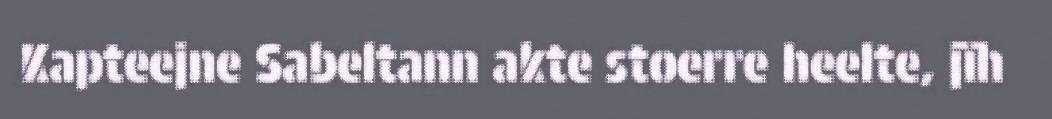
Kapteejne Sabeltann akte stoerre heelte, jïh